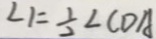
\angle 1 = \frac { 1 } { 2 } \angle C D A